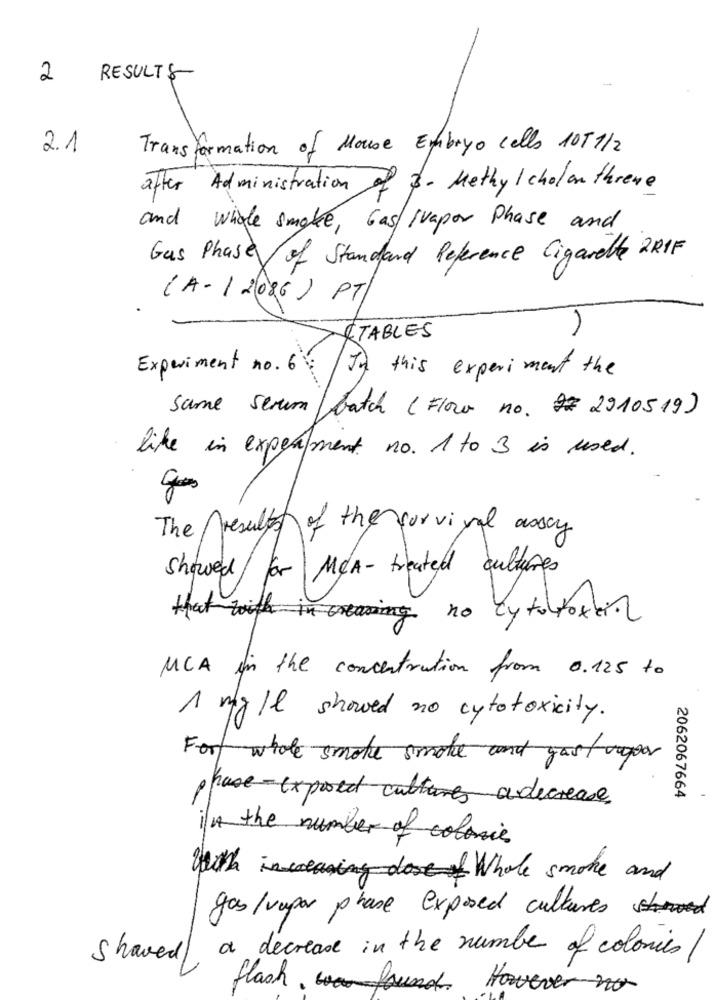
2
RESULTS
2.1
Transformation of Mouse Embryo cells 10T1/2
after Administration of 3- Methy / cholan threne
and wigle smoke, Gas/ Ivapor Phase and
Gas Phase of Standard Reference Cigarette 2RIF
(A - 1 2086) PT
TABLES
Experiment no. 6
To this experiment the
Same Serum batch (Flora no. 27 2910519)
like in experiment no. 1 to 3 is used.
The results of the survival assay
Showed for MCA-treated cultures
that with in creasing no cytotoxic
MCA in the concentration from 0.125 to
1 mg/l showed no cytotoxicity.
For whole smoke smoke and yast ogpor
have-exposed cultures adecrease
2062067664
in the number of colonie
with increasing dos Whole smoke and
gas/ vapor phase exposed cultures
Shaved a decrease in the number of colonies/
flash , und. However no